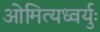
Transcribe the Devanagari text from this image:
ओमित्यध्वर्युः